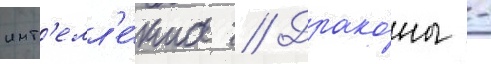
инт'елл'е́кта // Драко́ны -